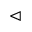
\vartriangleleft